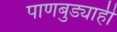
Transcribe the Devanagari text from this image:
पाणबुड्याही